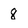
Character: 8